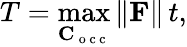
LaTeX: T=\operatorname*{max}_{\mathbf C_{\mathrm{~o~c~c~}}}\left\| \mathbf{F}\right\| \, t,